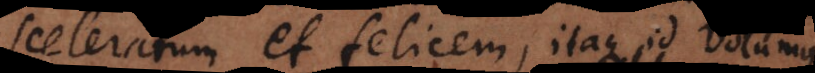
sceleratum et felicem, itaque id volumus